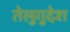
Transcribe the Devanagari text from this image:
तेलुगुदेश